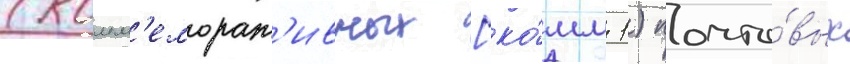
(комм'еморат'ивных [ко́мм 1) почто́вых